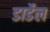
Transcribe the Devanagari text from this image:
डार्डेल